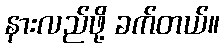
နားလည်ဖို့ ခက်တယ်။